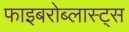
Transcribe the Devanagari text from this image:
फाइबरोब्लास्ट्स